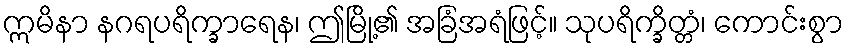
ဣမိနာ နဂရပရိက္ခာရေန၊ ဤမြို့၏ အခြံအရံဖြင့်။ သုပရိက္ခိတ္တံ၊ ကောင်းစွာ